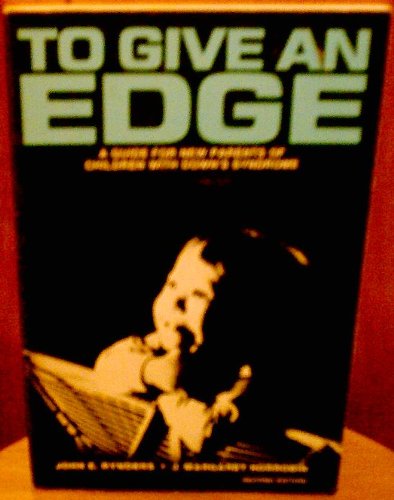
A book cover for To Give an Edge:  a Guide for New Parents of Children with Down's Syndrome  (mongolism); John E. Rynders; Health, Fitness & Dieting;